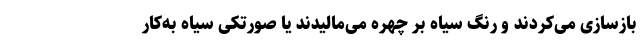
بازسازی می‌کردند و رنگ سیاه بر چهره می‌مالیدند یا صورتکی سیاه به‌کار